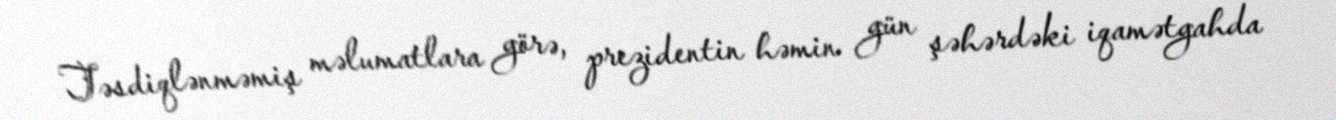
Təsdiqlənməmiş məlumatlara görə, prezidentin həmin gün şəhərdəki iqamətgahda